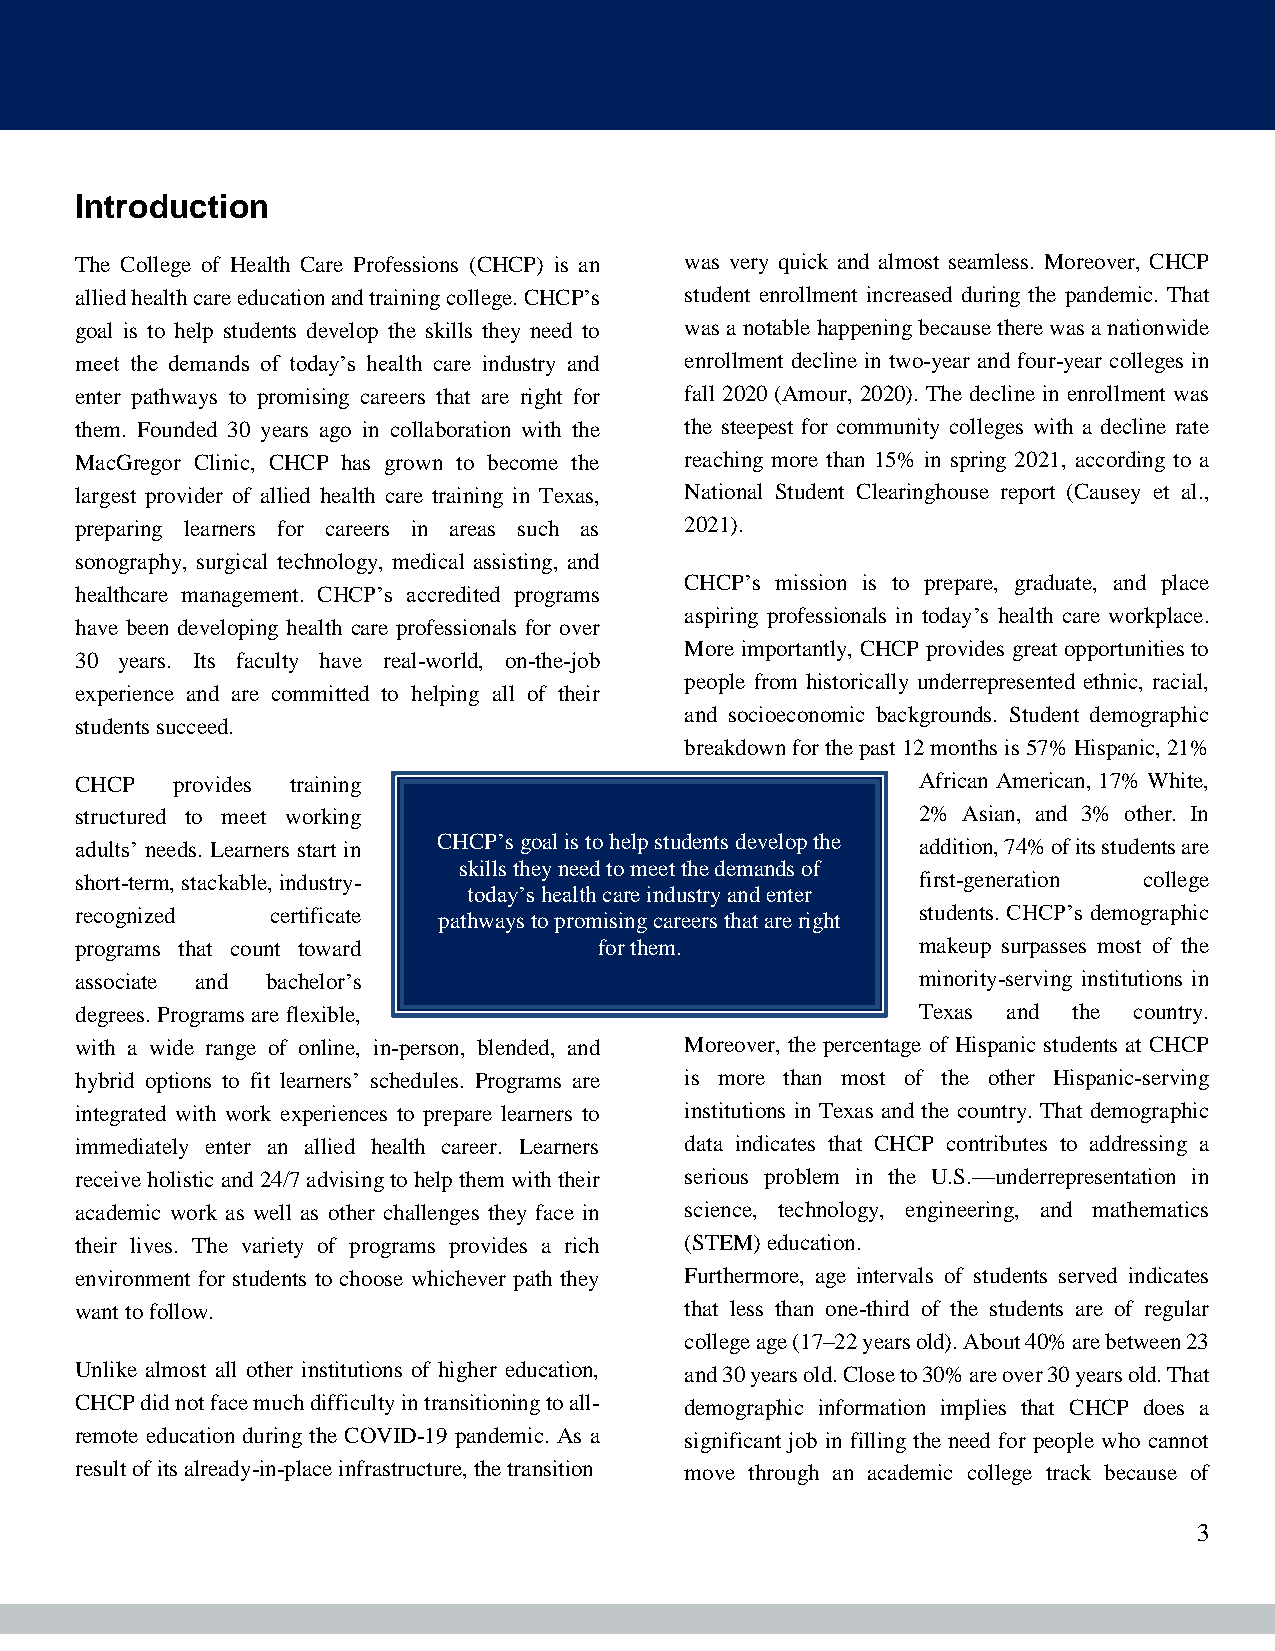
Introduction
 The College of Health Care Professions (CHCP) is an was very quick and almost seamless. Moreover, CHCP
 allied health care education and training college. CHCP’s student enrollment increased during the pandemic. That
 goal is to help students develop the skills they need to was a notable happening because there was a nationwide
 meet the demands of today’s health care industry and enrollment decline in two-year and four-year colleges in
 enter pathways to promising careers that are right for fall 2020 (Amour, 2020). The decline in enrollment was
 them. Founded 30 years ago in collaboration with the the steepest for community colleges with a decline rate
 MacGregor Clinic, CHCP has grown to become the reaching more than 15% in spring 2021, according to a
 largest provider of allied health care training in Texas, National Student Clearinghouse report (Causey et al.,
 preparing learners for careers in areas such as 2021).
 sonography, surgical technology, medical assisting, and
 CHCP’s mission is to prepare, graduate, and place
 healthcare management. CHCP’s accredited programs
 aspiring professionals in today’s health care workplace.
 have been developing health care professionals for over
 More importantly, CHCP provides great opportunities to
 30 years. Its faculty have real-world, on-the-job
 people from historically underrepresented ethnic, racial,
 experience and are committed to helping all of their
 and socioeconomic backgrounds. Student demographic
 students succeed.
 breakdown for the past 12 months is 57% Hispanic, 21%
 CHCP  provides training                                 African American, 17% White,
 structured to meet working                              2% Asian, and 3% other. In
 adults’ needs. Learners start in CHCP’s goal is to help students develop the addition, 74% of its students are
 skills they need to meet the demands of
 short-term, stackable, industry-                        first-generation college
 today’s health care industry and enter
 recognized   certificate pathways to promising careers that are right students. CHCP’s demographic
 programs that count toward         for them.            makeup surpasses most of the
 associate and bachelor’s                                minority-serving institutions in
 degrees. Programs are flexible,                         Texas and the country.
 with a wide range of online, in-person, blended, and Moreover, the percentage of Hispanic students at CHCP
 hybrid options to fit learners’ schedules. Programs are is more than most of the other Hispanic-serving
 integrated with work experiences to prepare learners to institutions in Texas and the country. That demographic
 immediately enter an allied health career. Learners data indicates that CHCP contributes to addressing a
 receive holistic and 24/7 advising to help them with their serious problem in the U.S.—underrepresentation in
 academic work as well as other challenges they face in science, technology, engineering, and mathematics
 their lives. The variety of programs provides a rich (STEM) education.
 environment for students to choose whichever path they Furthermore, age intervals of students served indicates
 want to follow.                         that less than one-third of the students are of regular
 college age (17–22 years old). About 40% are between 23
 Unlike almost all other institutions of higher education, and 30 years old. Close to 30% are over 30 years old. That
 CHCP did not face much difficulty in transitioning to all- demographic information implies that CHCP does a
 remote education during the COVID-19 pandemic. As a significant job in filling the need for people who cannot
 result of its already-in-place infrastructure, the transition move through an academic college track because of
 3